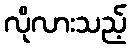
လိုလားသည့်